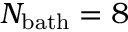
N _ { \mathrm { b a t h } } = 8